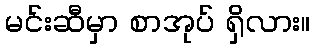
မင်းဆီမှာ စာအုပ် ရှိလား။